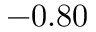
- 0 . 8 0